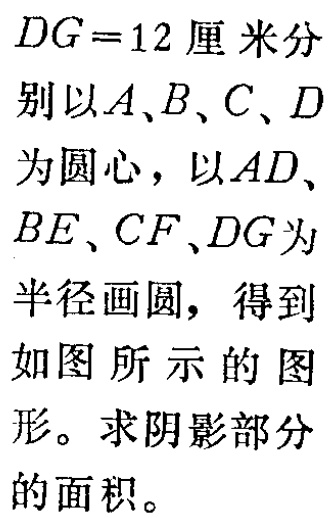
$DG = 12$厘米分

别以$A、B、C、D$

为圆心，以$AD、$

$BE、CF、DG$为

半径画圆，得到

如图 所示的图

形。求阴影部分

的面积。